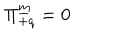
LaTeX: \Pi _ { + q } ^ { \underline { { { m } } } } = 0